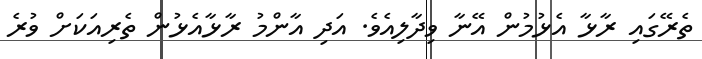
ތެރޭގައި ރާޅާ އެޅުމުން އޭނާ ވިދާލިއެވެ. އަދި އާންމު ރާޅާއެޅުން ތެރިއަކަށް ވުރެ